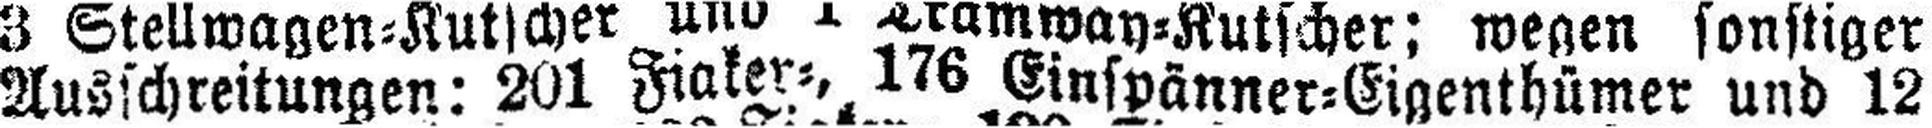
Ausschreitungen: 201 Fiaker=, 176 Einspänner=Eigenthümer und 12